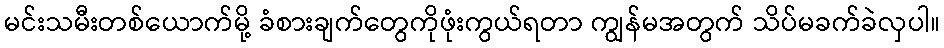
မင်းသမီးတစ်ယောက်မို့ ခံစားချက်တွေကိုဖုံးကွယ်ရတာ ကျွန်မအတွက် သိပ်မခက်ခဲလှပါ။